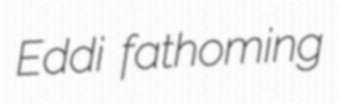
Eddi fathoming